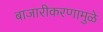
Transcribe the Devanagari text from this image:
बाजारीकरणामुळे